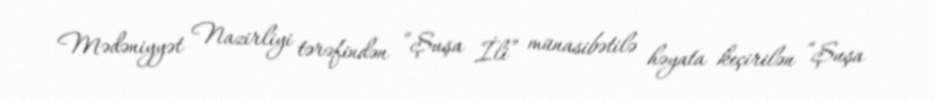
Mədəniyyət Nazirliyi tərəfindən “Şuşa İli” münasibətilə həyata keçirilən “Şuşa